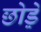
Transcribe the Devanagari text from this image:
छोड़े़